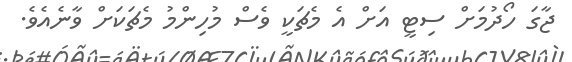
ޖާގަ ހޯދުމަށް ސިޓީ އަށް އެ މެޗަކީ ވެސް މުހިންމު މެޗަކަށް ވާނެއެވެ.